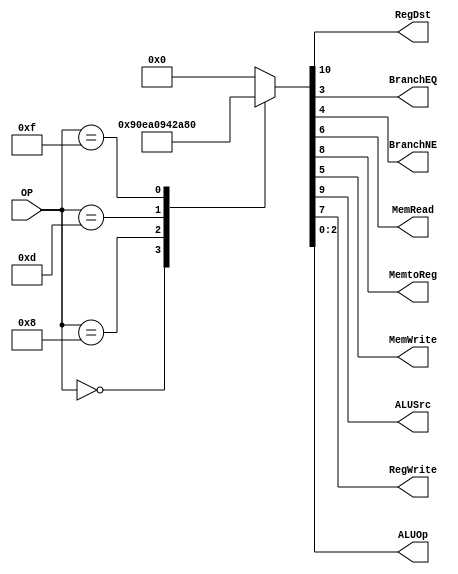
/******************************************************************
* Description
*	This is control unit for the MIPS processor. The control unit is 
*	in charge of generation of the control signals. Its only input 
*	corresponds to opcode from the instruction.
*	1.0
* Author:
*	Dr. Jos Luis Pizano Escalante
* email:
*	luispizano@iteso.mx
* Date:
*	01/03/2014
******************************************************************/

/*
PARA INTERCONECTAR LOS MDULOS DE CONTROL, ALUCONTROL Y ALU, 
SE AGREGA LA INSTRUCCIN EN CONTROL, DE ACUERDO AL OPCODE DE ESTA,
SE MODIFICA CONTROL VALUES, SE INTERPRETA EN ALU CONTROL 
Y SE IMPLEMENTA EN ALU 
*/

module Control
(
	input [5:0]OP,
	
	output RegDst,
	output BranchEQ,
	output BranchNE,
	output MemRead,
	output MemtoReg,
	output MemWrite,
	output ALUSrc,
	output RegWrite,
	output [2:0]ALUOp
);
localparam R_Type      = 0;
localparam I_Type_ADDI = 6'h8;
localparam I_Type_ORI  = 6'h0d;
localparam I_Type_ANDI = 6'h0c;
localparam I_Type_LUI  = 6'h0f;


reg [10:0] ControlValues;

always@(OP) begin
	casex(OP)
		R_Type:       ControlValues= 11'b1_001_00_00_111;
		I_Type_ADDI:  ControlValues= 11'b0_101_00_00_010;
		I_Type_ORI:	  ControlValues= 11'b0_101_00_00_101;
		I_Type_LUI:   ControlValues= 11'b0_101_00_00_000;
		
		
		
		default:
			ControlValues= 10'b0000000000;
		endcase
end	
	
assign RegDst = ControlValues[10];
assign ALUSrc = ControlValues[9];
assign MemtoReg = ControlValues[8];
assign RegWrite = ControlValues[7];
assign MemRead = ControlValues[6];
assign MemWrite = ControlValues[5];
assign BranchNE = ControlValues[4];
assign BranchEQ = ControlValues[3];
assign ALUOp = ControlValues[2:0];	

endmodule
//control//